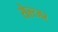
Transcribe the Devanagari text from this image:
सेल्त्जर